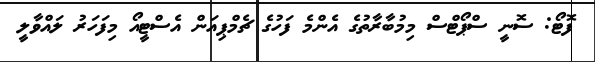
ފޮޓޯ: ސޮނީ ސްޕޯޓްސް މިމުބާރާތުގެ އެންމެ ފަހުގެ ޗެމްޕިއަން އެސްޓީއޯ މިފަހަރު ލައްވާލީ